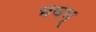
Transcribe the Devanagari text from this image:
भवम्